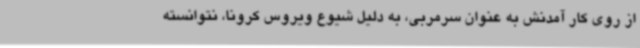
از روی‌ کار آمدنش به‌ عنوان سرمربی، به دلیل شیوع ویروس کرونا، نتوانسته